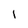
Character: l